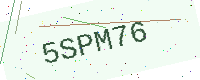
Text: 5SPM76